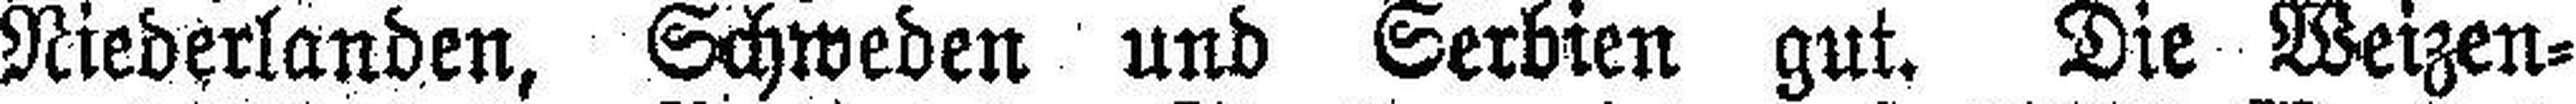
Niederlanden, Schweden und Serbien gut. Die Weizen¬